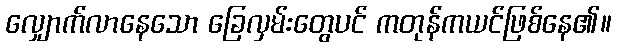
လျှောက်လာနေသော ခြေလှမ်းတွေပင် ကတုန်ကယင်ဖြစ်နေ၏။